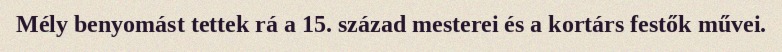
Mély benyomást tettek rá a 15. század mesterei és a kortárs festők művei.